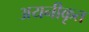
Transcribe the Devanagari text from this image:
अयनीकृत